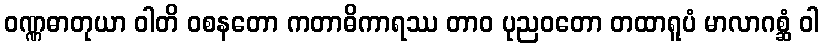
ဝဏ္ဏဓာတုယာ ဝါတိ ဝစနတော ကတာဓိကာရဿ တာဝ ပုညဝတော တထာရူပံ မာလာဂစ္ဆံ ဝါ